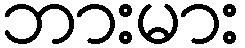
ဘားမား